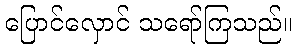
ပြောင်လှောင် သရော်ကြသည်။